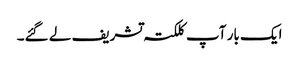
ایک بار آپ کلکتہ تشریف لے گئے۔